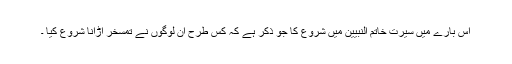
اس بارے میں سیرت خاتم النبیینؐ میں شروع کا جو ذکر ہے کہ کس طرح ان لوگوں نے تمسخر اڑانا شروع کیا ۔